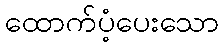
ထောက်ပံ့ပေးသော